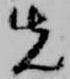
先